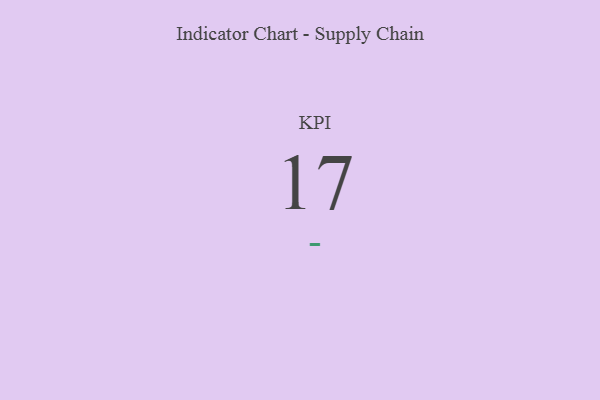
{"axis": {"x": "KPI", "y": "Value"}, "legend": [""], "data": [{"x": "KPI", "y": 17, "type": ""}]}